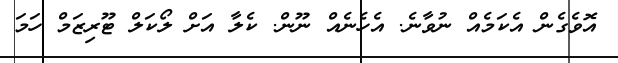
އޮވެގެން އެކަމެއް ނުވާނެ. އެހެނެއް ނޫން. ކެލާ އަށް ލޯކަލް ޓޫރިޒަމް ހަމަ